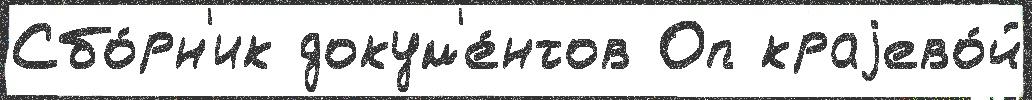
Сбо́рн'ик докум'е́нтов Оп краjево́й